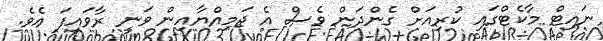
ނައިޓް މާކެޓްގައި ކުރިއަށް ގެންދަން ވެސް އެ ޖަމިއްޔާއިން ވަނީ ރާވައިފަ އެވެ.